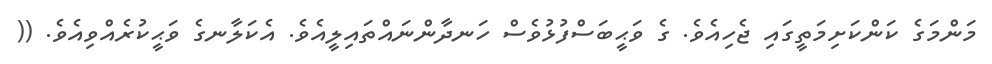
މަންމަގެ ކަންކަށިމަތީގައި ޖެހިއެވެ. ގެ ވަޙީބަސްފުޅުވެސް ހަނދާންނައްތައިލީއެވެ. އެކަލާނގެ ވަޙީކުރެއްވިއެވެ. ((